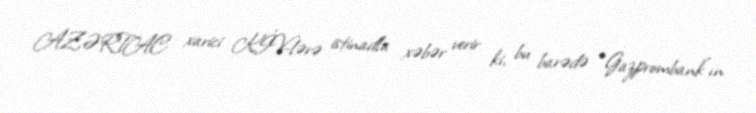
AZƏRTAC xarici KİV-lərə istinadla xəbər verir ki, bu barədə “Gazprombank”ın